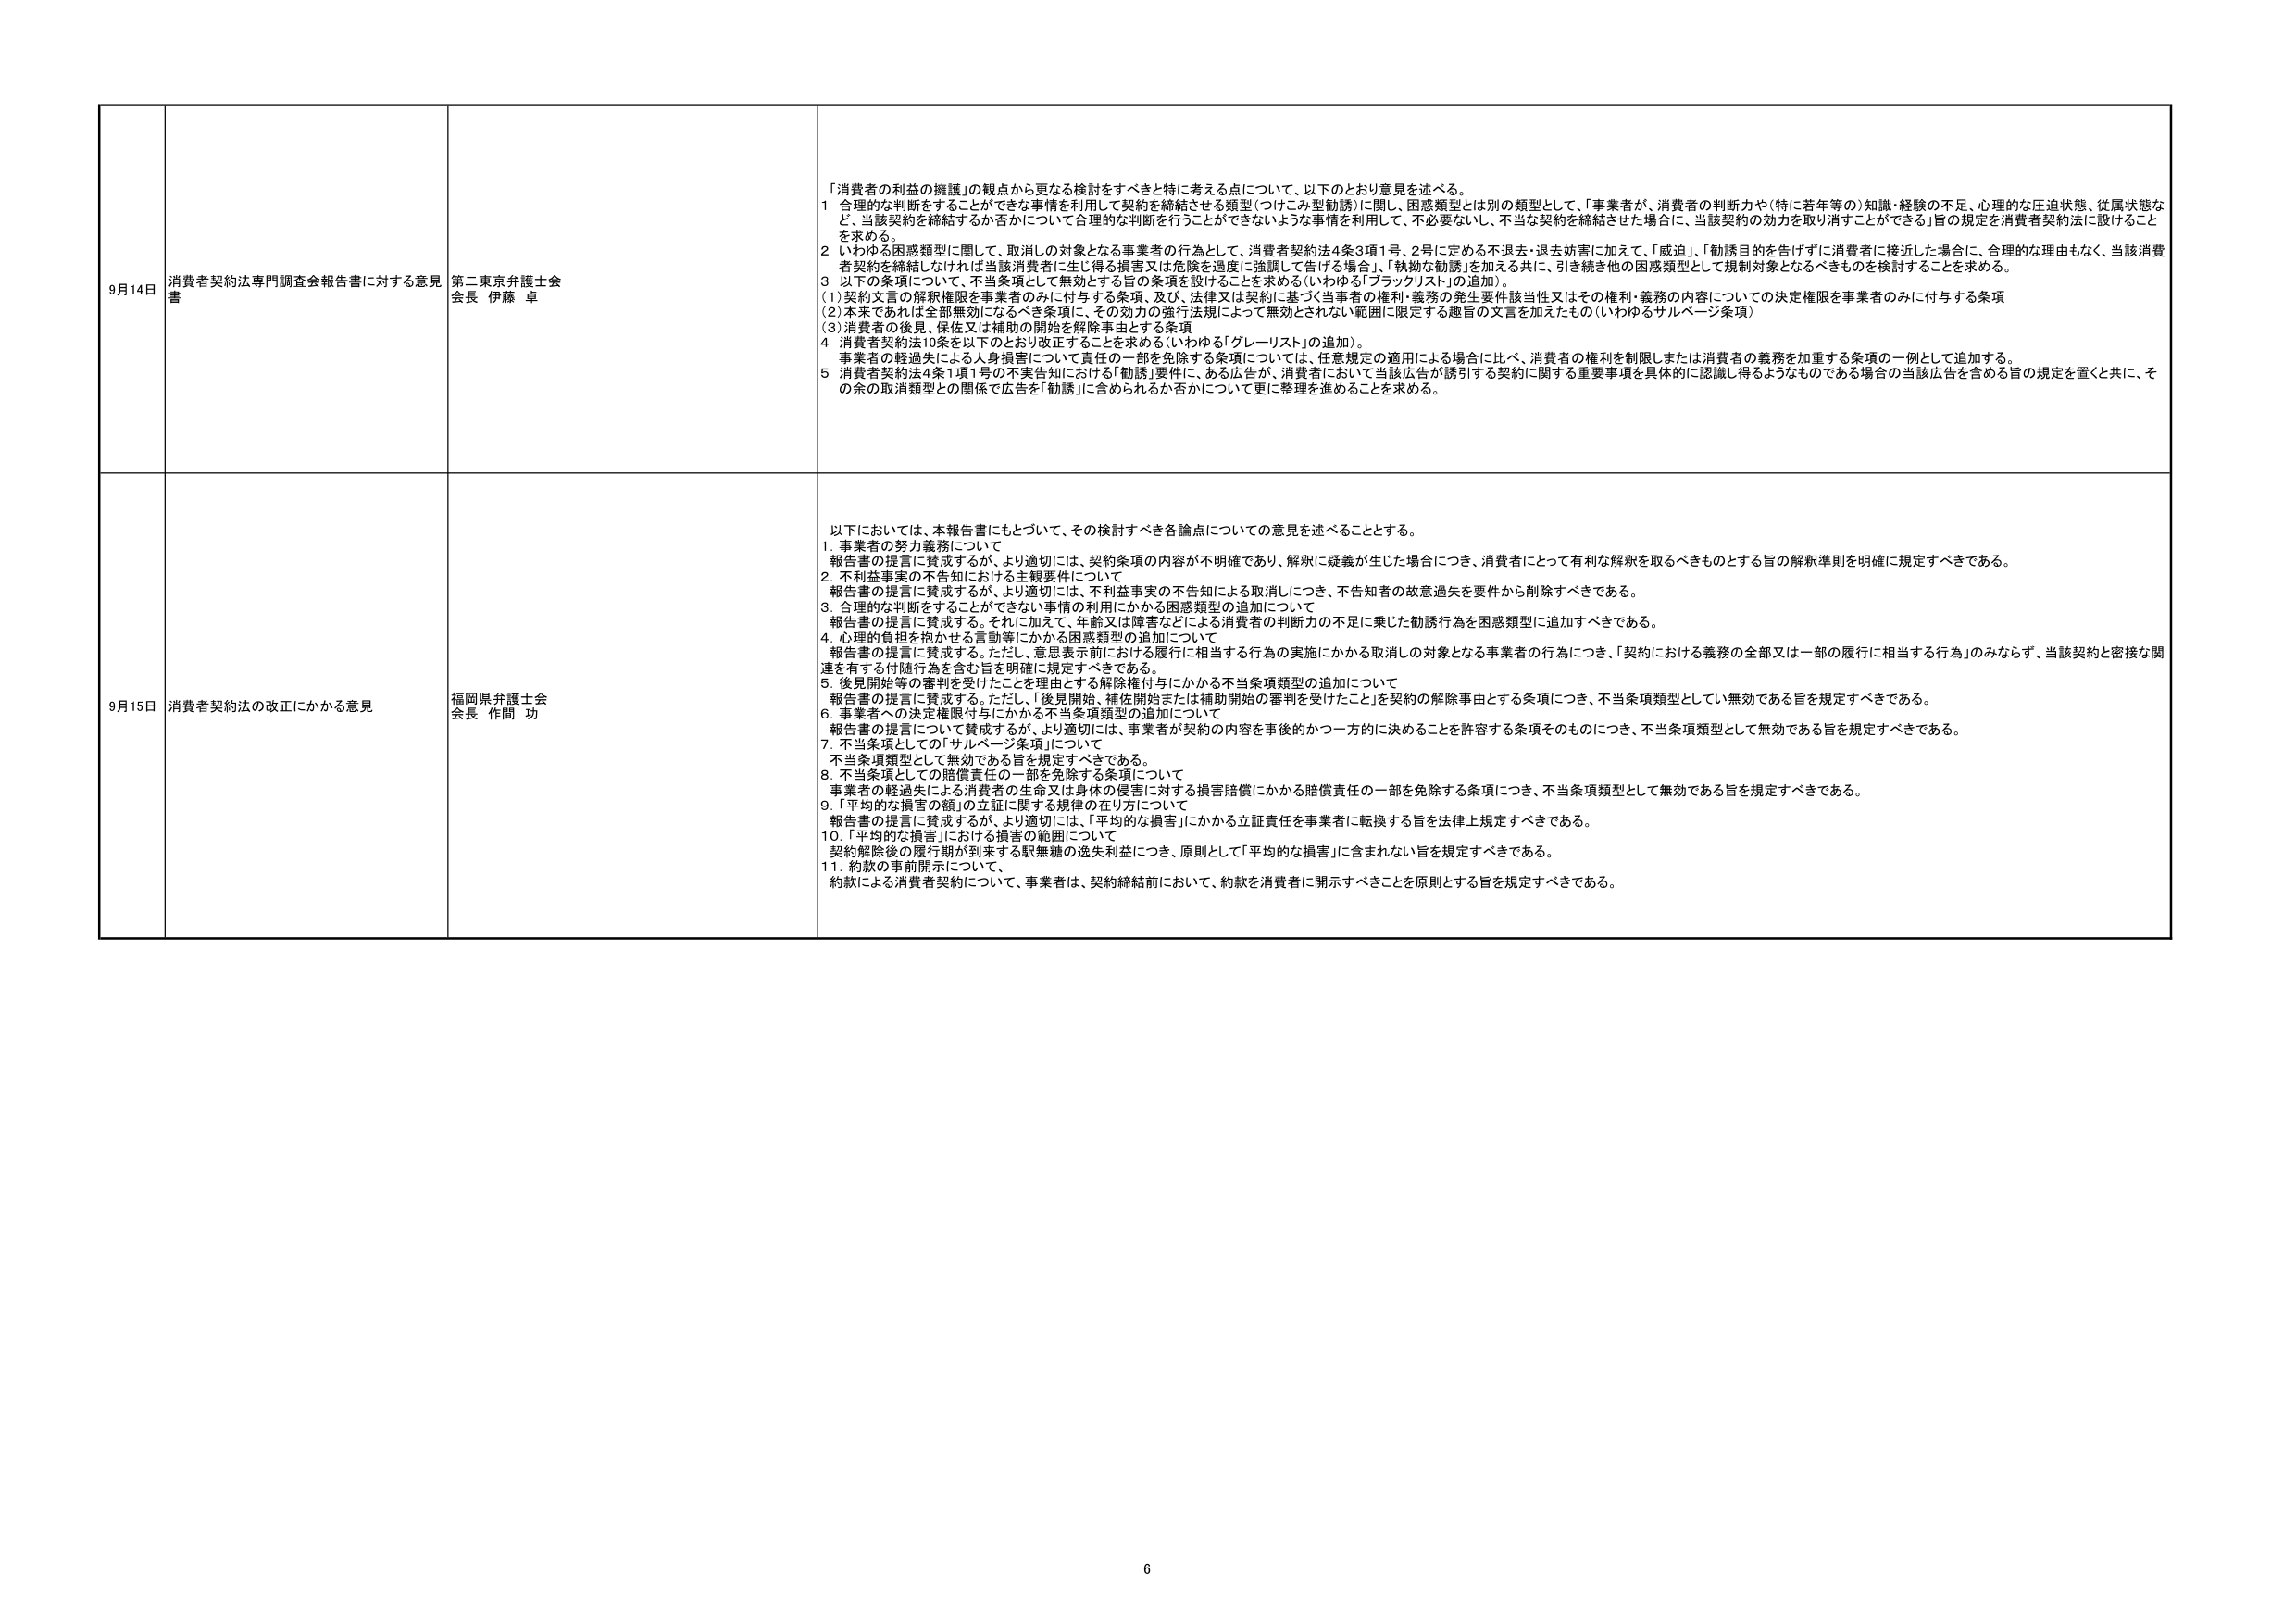
9月14日 消費者契約法専門調査会報告書に対する意見 書 第二東京弁護士会 会長 伊藤 卓 「消費者の利益の擁護」の観点から更なる検討をすべきと特に考える点について、以下のとおり意見を述べる。 1 合理的な判断をすることができな事情を利用して契約を締結させる類型（つけてみ型勧誘）に関し、困惑類型とは別の類型として、「事業者が、消費者の判断力や（特に若年等の）知識・経験の不足、心理的な圧迫状態、従属状態など、当該契約を締結するか否かについて合理的な判断を行うことができないような事情を利用して、不必要ないし、不当な契約を締結させた場合に、当該契約の効力を取り消すことができる」旨の規定を消費者契約法に設けることを求める。 2 いわゆる困惑類型に関して、取消しの対象となる事業者の行為として、消費者契約法4条3項1号、2号に定める不退去・退去妨害に加えて、「威迫」、「勧誘目的を告げず」に消費者に接近した場合に、合理的な理由もなく、当該消費者契約を締結しなければ当該消費者に生じ得る損害又は危険を過度に強調して告げる場合」、「執拗な勧誘」を加える共に、引き続き他の困惑類型として規制対象となるべきものを検討することを求める。 3 以下の条項について、不当条項として無効とする旨の条項を設けることを求める（いわゆる「ブラックリスト」の追加）。 (1)契約文言の解釈権限を事業者のみに付与する条項、及び、法律又は契約に基づく当事者の権利・義務の発生要件該当性又はその権利・義務の内容についての決定権限を事業者のみに付与する条項 (2)本来であれば全部無効になるべき条項に、その効力の強行法規によって無効とされない範囲に限定する趣旨の文言を加えたもの（いわゆるサルベージ条項） (3)消費者の後見、保佐又は補助の開始を解除事由とする条項 4 消費者契約法10条を以下のとおり改正することを求める（いわゆる「グレーリスト」の追加）。 事業者の軽過失による人身損害について責任の一部を免除する条項については、任意規定の適用による場合に比べ、消費者の権利を制限しまたは消費者の義務を加重する条項の一例として追加する。 5 消費者契約法4条1項1号の不実告知における「勧誘」要件に、ある広告が、消費者において当該広告が誘引する契約に関する重要事項を具体的に認識し得るようなものである場合の当該広告を含める旨の規定を置くと共に、その余の取消類型との関係で広告を「勧誘」に含められるか否かについて更に整理を進めることを求める。 9月15日 消費者契約法の改正にかかる意見 福岡県弁護士会 会長 作間 功 以下においては、本報告書にもとづいて、その検討すべき各論点についての意見を述べることとする。 1. 事業者の努力義務について 報告書の提言に賛成するが、より適切には、契約条項の内容が不明確であり、解釈に疑義が生じた場合につき、消費者にとって有利な解釈を取るべきものとする旨の解釈準則を明確に規定すべきである。 2. 不利益事実の不告知における主観要件について 報告書の提言に賛成するが、より適切には、不利益事実の不告知による取消しにつき、不告知者の故意過失を要件から削除すべきである。 3. 合理的な判断をすることができない事情の利用にかかる困惑類型の追加について 報告書の提言に賛成する。それに加えて、年齢又は障害などによる消費者の判断力の不足に乗じた勧誘行為を困惑類型に追加すべきである。 4. 心理的負担を抱かせる言動等にかかる困惑類型の追加について 報告書の提言に賛成する。ただし、意思表示前における履行に相当する行為の実施にかかる取消しの対象となる事業者の行為につき、「契約における義務の全部又は一部の履行に相当する行為」のみならず、当該契約と密接な関連を有する付随行為を含む旨を明確に規定すべきである。 5. 後見開始等の審判を受けたことを理由とする解除権付与にかかる不当条項類型の追加について 報告書の提言に賛成する。ただし、「後見開始、補佐開始または補助開始の審判を受けたこと」を契約の解除事由とする条項につき、不当条項類型として「無効である旨を規定すべきである。 6. 事業者への決定権限付与にかかる不当条項類型の追加について 報告書の提言について賛成するが、より適切には、事業者が契約の内容を事後的かつ一方的に決めることを許容する条項そのものにつき、不当条項類型として無効である旨を規定すべきである。 7. 不当条項としての「サルベージ条項」について 不当条項類型として無効である旨を規定すべきである。 8. 不当条項としての賠償責任の一部を免除する条項について 事業者の軽過失による消費者の生命又は身体の侵害に対する損害賠償にかかる賠償責任の一部を免除する条項につき、不当条項類型として無効である旨を規定すべきである。 9. 「平均的な損害の額」の立証に関する規律の在り方について 報告書の提言に賛成するが、より適切には、「平均的な損害」にかかる立証責任を事業者に転換する旨を法律上規定すべきである。 10. 「平均的な損害」における損害の範囲について 契約解除後の履行期が到来する駅無難の逸失利益につき、原則として「平均的な損害」に含まれない旨を規定すべきである。 11. 約款の事前開示について、 約款による消費者契約について、事業者は、契約締結前において、約款を消費者に開示すべきことを原則とする旨を規定すべきである。 6